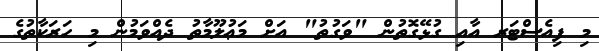
މި ފިއެސްޓަރ އާއި ގުޅޭގޮތުން "ވަގުތު" އަށް މަޢުލޫމާތު ދެއްވަމުން މި ހަރަކާތުގެ